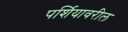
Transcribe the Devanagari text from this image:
पर्शियावरील